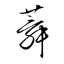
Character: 蕣